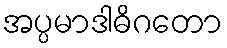
အပ္ပမာဒါဓိဂတော